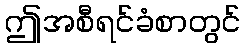
ဤအစီရင်ခံစာတွင်